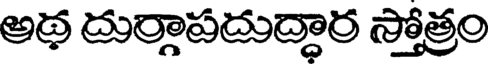
అథ దుర్గాపదుద్ధార స్తోత్రం